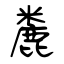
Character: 麊